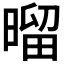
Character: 𰖝